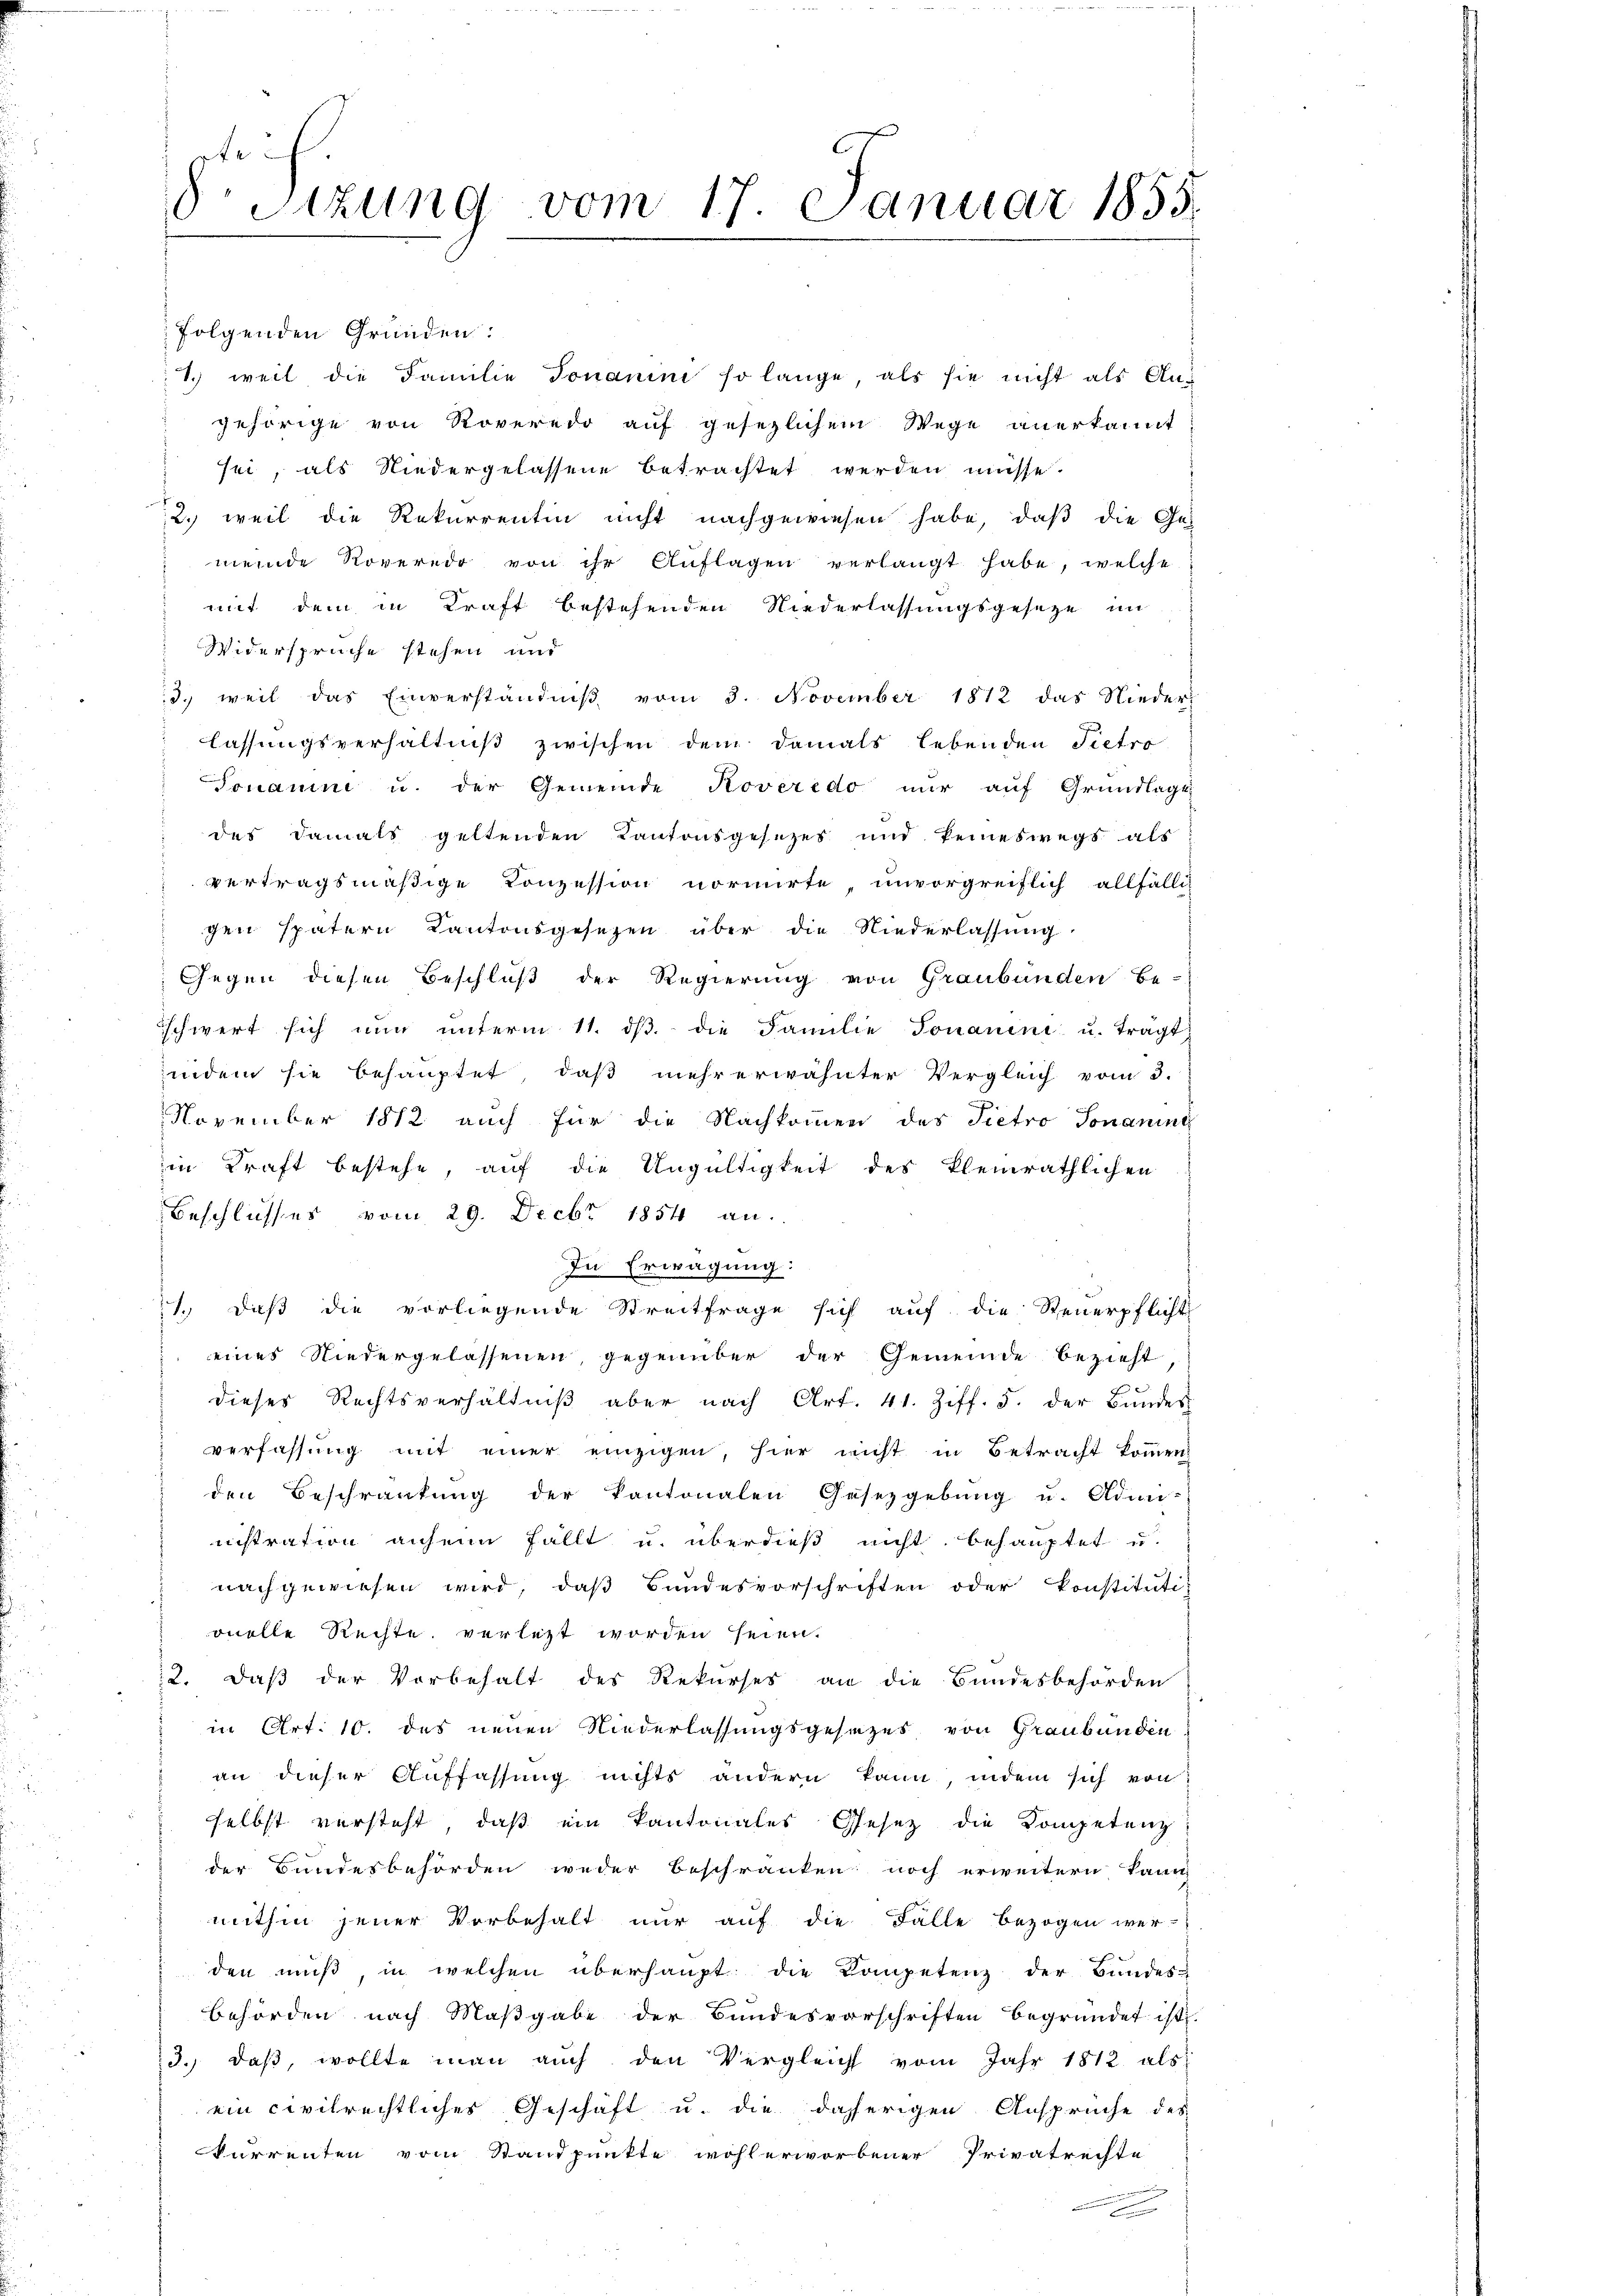
8. Sizung vom 17. Januar 1855.

folgenden Gründen:
1.) weil die Familie Jonanini so lange, als sie nicht als Angehörige von Roveredo auf gesezlichem Wege anerkannt
sei, als Niedergelassene betrachtet werden müsse.
2. weil die Rekurrentin nicht nachgewiesen habe, daß die Ge-
meinde Roverede von ihr Auflagen verlangt habe, welche
mit dem in Kraft bestehenden Niederlassungsgesetze im
Widersprüche stehen und
3. weil das Einverständniβ vom 3. November 1812 das Nieder-
lassungsverhältniß zwischen dem damals lebenden Pietro
Donauini u. der Gemeinde Roveredo nur auf Grundlage
des Damals geltenden Kantonsgesetzes und keineswegs als
vertragsmäßige Conzession normirte, unvorgreiflich allfällig
gen spätern Kantonsgesetzen über die Niederlassung
Gegen diesen Beschluß der Regierung von Graubünden be-
schwert sich nŭr ŭnterm 11. dβ. die Familie Jonanene u. tragt:
indem sie behauptet, daß mehrerwähnter Vergleich vom 3.
November 1812 auch für die Nachkommen des Pietro Jonaninc
in Kraft bestehe, auf die Ungültigkeit des kleinräthlichen
Beschlusses vom 29. Decbr 1854 an.
In Erwägung:
1. daβ die vorliegende Streitfrage sich aŭf die Steuerpflicht
eines Niedergelassenen, gegenüber der Gemeinde bezieht,
dieses Rechtsverhältniß aber nach Art. 41. Ziff. 5. der Bundes
verfassung mit einer einzigen, hier nicht in Betracht kommen
den Beschränkung der Kantonalen Gesetzgebung u. Admi-
nistration anheim fällt u. überdieß nicht behauptet u.
 nachgewiesen wird, daß Bundesvorschriften oder konstituti
onelle Rechte verletzt worden seien.
12. Daß der Vorbehalt des Rekurses an die Bundesbehörden
in Art. 10. des neuen Niederlassungsgesezes von Graubünden
an dieser Auffassung nichts andern kann, indem sich von
selbst versteht, daß ein Kantonales Gesetz die Kompetenz
der Bundesbehörden weder beschränken noch erweitern kann
mithin jener Vorbehalt nur auf die Fälle bezogen wer-
den muß, in welchen überhaupt die Kompetenz der Bundes-
behörden nach Maßgabe der Bundesvorschriften begründet ist.
3. daβ, wollte man auch den Vergleich vom Jahr 1812 als
ein civilrechtliches Geschäft u. die daherigen Ansprüche des
kurrenten vom Standpunkte wohlerworbener Privatrechte